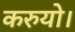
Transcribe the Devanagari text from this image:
करुयो।